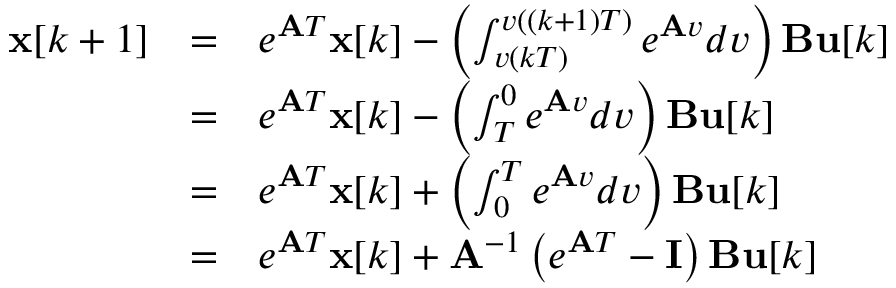
{ \begin{array} { l l l } { \mathbf { x } [ k + 1 ] } & { = } & { e ^ { \mathbf { A } T } \mathbf { x } [ k ] - \left( \int _ { v ( k T ) } ^ { v ( ( k + 1 ) T ) } e ^ { \mathbf { A } v } d v \right) \mathbf { B } \mathbf { u } [ k ] } \\ & { = } & { e ^ { \mathbf { A } T } \mathbf { x } [ k ] - \left( \int _ { T } ^ { 0 } e ^ { \mathbf { A } v } d v \right) \mathbf { B } \mathbf { u } [ k ] } \\ & { = } & { e ^ { \mathbf { A } T } \mathbf { x } [ k ] + \left( \int _ { 0 } ^ { T } e ^ { \mathbf { A } v } d v \right) \mathbf { B } \mathbf { u } [ k ] } \\ & { = } & { e ^ { \mathbf { A } T } \mathbf { x } [ k ] + \mathbf { A } ^ { - 1 } \left( e ^ { \mathbf { A } T } - \mathbf { I } \right) \mathbf { B } \mathbf { u } [ k ] } \end{array} }